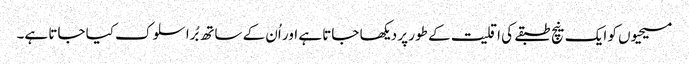
مسیحیوں کو ایک نیچ طبقے کی اقلیت کے طور پر دیکھا جاتا ہے اور اُن کے ساتھ بُرا سلوک کیا جاتا ہے۔